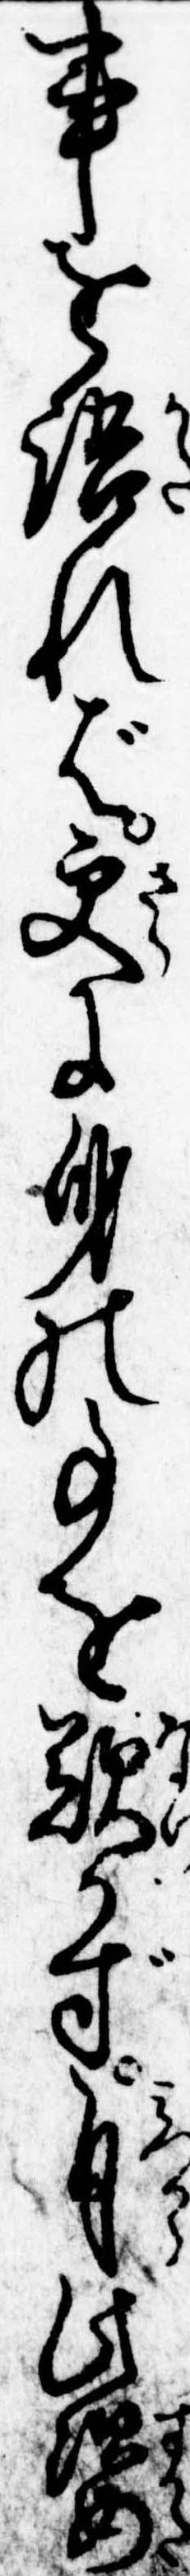
事を語れば更に身の事を歎かず自此姿